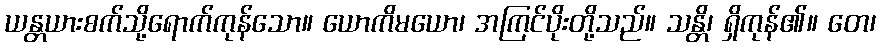
ယန္တယားစက်သို့ရောက်ကုန်သော။ ယောကိမယော၊ အကြင်ပိုးတို့သည်။ သန္တိ၊ ရှိကုန်၏။ တေ၊